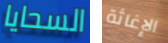
السحايا الإغاثة